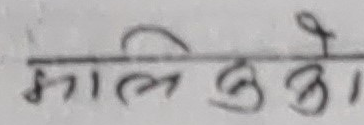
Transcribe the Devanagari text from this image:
मालिकाको